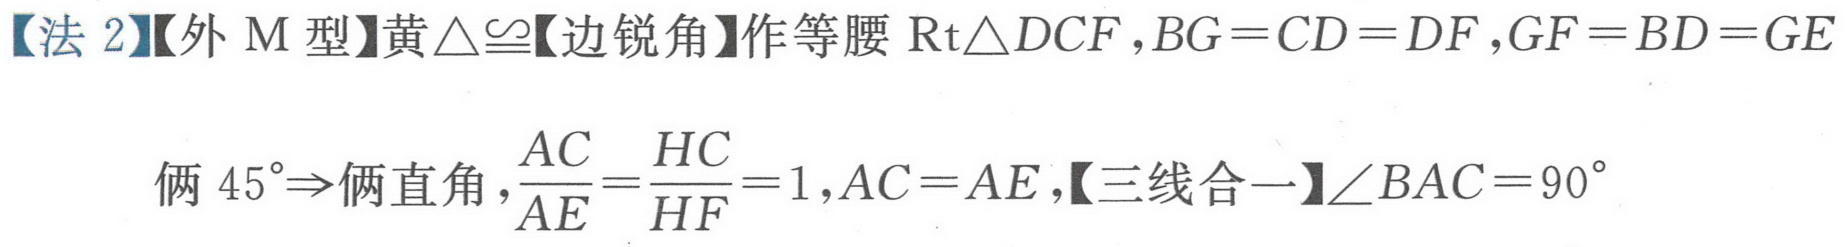
【法 2】【外 M 型】黄\(\triangle\cong\)【边锐角】作等腰\(\text{Rt}\triangle DCF\),\(BG = CD = DF\),\(GF = BD = GE\)
俩\(45^{\circ}\Rightarrow\)俩直角，\(\dfrac{AC}{AE}=\dfrac{HC}{HF}=1\),\(AC = AE\),【三线合一】\(\angle BAC = 90^{\circ}\)